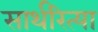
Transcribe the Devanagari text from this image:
सार्थरित्या